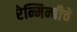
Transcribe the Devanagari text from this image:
रेन्मिन्बीचे